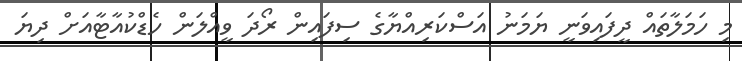
މި ހަމަލާތައް ދީފައިވަނީ ޔަމަނު އަސްކަރިއްޔާގެ ސިފައިން ރޯދަ ވީއްލަން ހެޑްކުއާޓާއަށް ދިޔަ